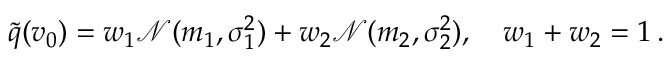
\begin{array} { r } { \tilde { q } ( v _ { 0 } ) = w _ { 1 } { \mathcal N } ( m _ { 1 } , \sigma _ { 1 } ^ { 2 } ) + w _ { 2 } { \mathcal N } ( m _ { 2 } , \sigma _ { 2 } ^ { 2 } ) , \quad w _ { 1 } + w _ { 2 } = 1 \, . } \end{array}